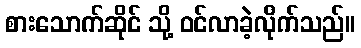
စားသောက်ဆိုင် သို့ ဝင်လာခဲ့လိုက်သည်။